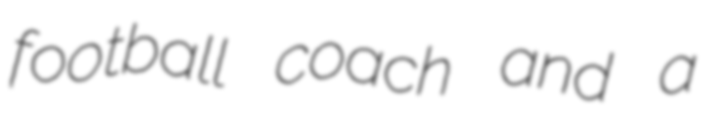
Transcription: football coach and a